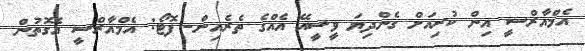
އެމްއާރްސީ އިން ކުރިއަށް ގެންދިޔަ ވީސީއޭ އެއްގެ ތެރެއިން- ފޮޓޯ: އެމްއާރްސީ އެގޮތުން